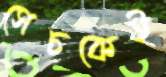
সেচকেই